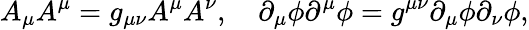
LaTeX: A_{\mu}A^{\mu}=g_{\mu\nu}A^{\mu}A^{\nu},\quad\partial_{\mu}\phi\partial^{\mu}\phi=g^{\mu\nu}\partial_{\mu}\phi\partial_{\nu}\phi,